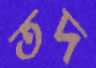
তদ